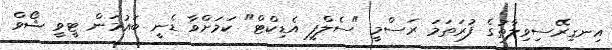
އިނގިރޭސިވިލާތުގެ ފުރަތަމަ ރަސްމީ "ސެލްފީ އެޑިކްޓް" ކަމަށްވާ ޑެނީ ބައުމަން ޓީވީ ޝޯވް